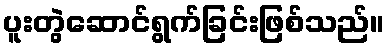
ပူးတွဲဆောင်ရွက်ခြင်းဖြစ်သည်။